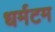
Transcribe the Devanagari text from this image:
धर्मटम